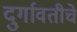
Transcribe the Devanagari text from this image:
दुर्गावतीचे